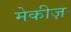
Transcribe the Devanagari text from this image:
मेकीज़